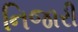
નિજારી